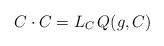
\begin{align*}C \cdot C = L_{C}\, Q(g,C)\end{align*}